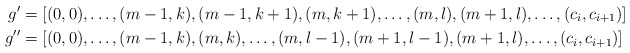
\begin{align*}g'&=[(0,0),\ldots, (m-1,k),(m-1,k+1),(m,k+1),\ldots, (m,l),(m+1,l),\ldots, (c_i,c_{i+1}) ]\\g''&= [(0,0),\ldots, (m-1,k),(m,k),\ldots, (m,l-1) ,(m+1,l-1),(m+1,l),\ldots, (c_i,c_{i+1}) ]\end{align*}